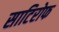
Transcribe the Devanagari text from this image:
साटिरोफ